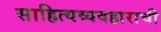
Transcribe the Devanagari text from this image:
साहित्यव्यवहाराची